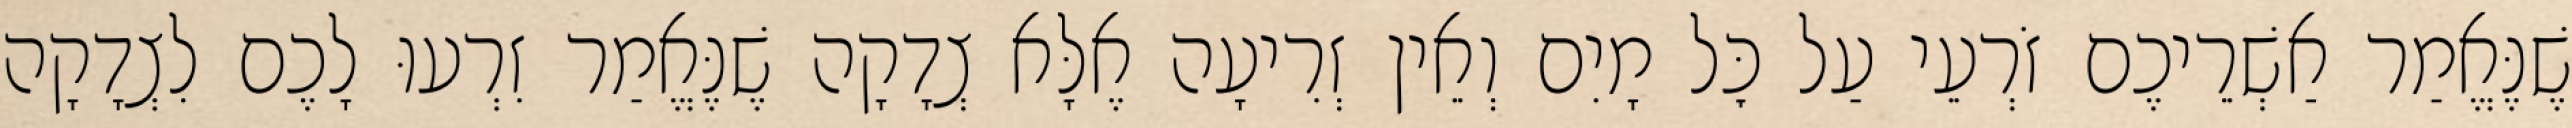
שֶׁנֶּאֱמַר אַשְׁרֵיכֶם זֹרְעֵי עַל כׇּל מָיִם וְאֵין זְרִיעָה אֶלָּא צְדָקָה שֶׁנֶּאֱמַר זִרְעוּ לָכֶם לִצְדָקָה